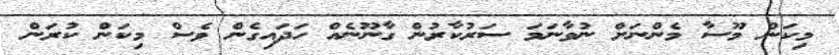
މިކަން މޫސާ މެންނަށް ނުވާނަމަ ސަރުކާރުން ގާނޫނެއް ހަދައިގެން ވެސް މިކަން ކުރަން